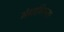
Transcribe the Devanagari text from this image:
मेगापिरान्हा